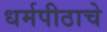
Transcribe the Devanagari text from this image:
धर्मपीठाचे